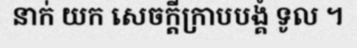
នាក់ យក សេចក្តីក្រាបបង្គំ ទូល ។